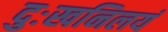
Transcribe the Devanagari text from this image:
दुःखनिलयं